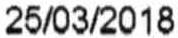
25/03/2018